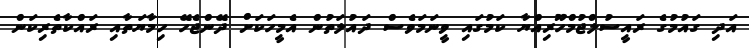
އަދި ގައުމުގެ ރައީސުލްޖުމްހޫރިއްޔާ ކަމުގައި ވީނަމަވެސް ދައުލަތުން އެމީހަކަށް ދޭންޖެހޭ ހިމާޔަތާއި ރައްކާތެރިކަން